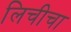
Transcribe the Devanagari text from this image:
लिचीचा